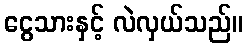
ငွေသားနှင့် လဲလှယ်သည်။